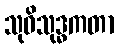
သုဝိသုဒ္ဓကတာ